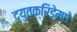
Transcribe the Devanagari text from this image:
द्युतक्रिडेमधे